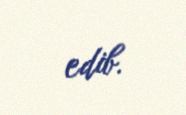
edib.